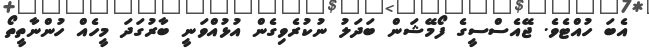
އެބަ ހުއްޓެވެ. ޖޭއެސްސީގެ ފޯމޭޝަން ބަދަލު ނުކުރެވިގެން އުޅުއްވަނީ ބާރުގަދަ މީހެއް ހުންނާތީތޯ